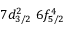
7 d _ { 3 / 2 } ^ { 2 } \, \, 6 f _ { 5 / 2 } ^ { 4 }